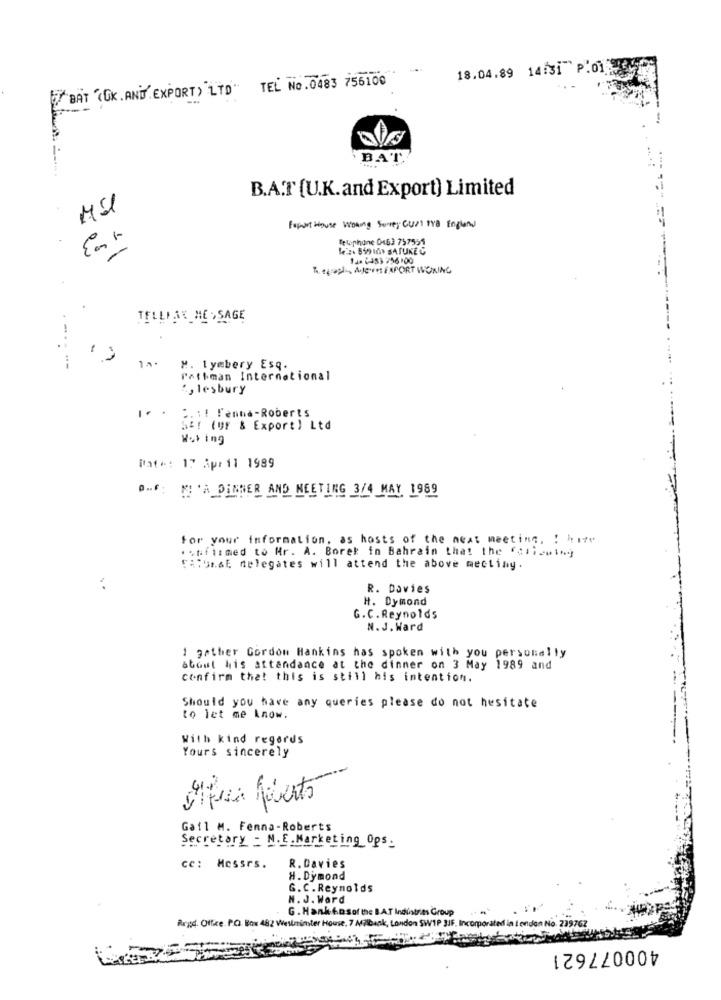
18.04.89 14:31 P.01
TEL No.0483 756100
BAT (OK. AND. EXPORT) LTD **
BAT.
B.A.T [U.K.and Export) Limited
Popart thouse woning Survey CUPI tra England
Telephone 0463 757555
Em 1
1aa (-43) 256:00
Th. egrapli, AJoieet FAFORT WORING
TELLMAX_ME > SAGE
-
.---- --
M. Lymbery Esq.
Patiman International
", lesbury
1. . C .:! Fenna-Roberts
S&! (UF & Export) Ltd
Wol ing
Wate: 17 April 1989
D.F: M'A DINNER AND MEETING 3/4 MAY 1989
for your information, as hosts of the next meeting, 1 11y
.stifitmed to Mr. A. Borek in Bahrain that the folicwiny
FARUnaE delegates will attend the above mectiny.
:
R. Davies
H. Dymond
G.C. Reynolds
N.J. Ward
1 gather Gordon Hankins has spoken with you personally
about his attendance at the dinner on 3 May 1989 and
confirm that this is still his intention.
Should you have any queries please do not hesitate
to let me know.
With kind regards
Yours sincerely
Sifece féverts
Gail M. Fenna-Roberts
Secretary - N. E.Marketing Ops_
R. Davies
cc: Messrs.
H. Dymond
G. C. Reynolds
H. J. Ward
G . Hank &.osof the BAT Indinstrits Group
Regd. Office. P.C. Box 482 Westminster House, 7 Milbank, London SW1P 3IF, Incorporated in london No. 23976Z
400077621